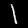
Digit: 1